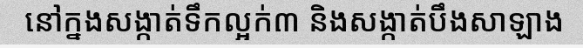
នៅក្នងសង្កាត់ទឹកល្អក់៣ និងសង្កាត់បឹងសាឡាង